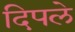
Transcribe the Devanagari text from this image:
दिपले